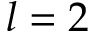
l = 2